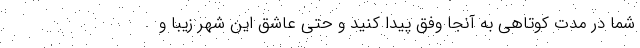
شما در مدت کوتاهی به آنجا وفق پیدا کنید و حتی عاشق این شهر زیبا و